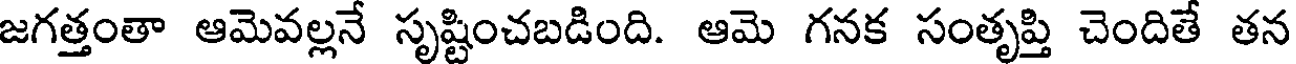
జగత్తంతా ఆమెవల్లనే సృష్టించబడింది. ఆమె గనక సంతృప్తి చెందితే తన